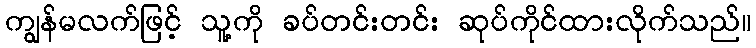
ကျွန်မလက်ဖြင့် သူ့ကို ခပ်တင်းတင်း ဆုပ်ကိုင်ထားလိုက်သည်။